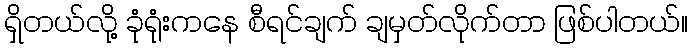
ရှိတယ်လို့ ခုံရုံးကနေ စီရင်ချက် ချမှတ်လိုက်တာ ဖြစ်ပါတယ်။